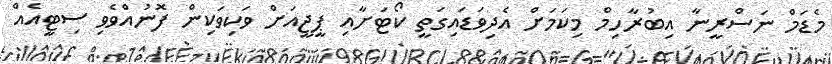
މެޑަމް ނަސްރީނާ އިބުރާހިމް މިކަމަށް އެދިވަޑައިގަތީ ކޯޓަށާއި ޕީޖީއަށް ވަކިވަކިން ފޮނުއްވެވި ސިޓީއެއް